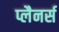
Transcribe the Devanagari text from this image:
प्लैनर्स